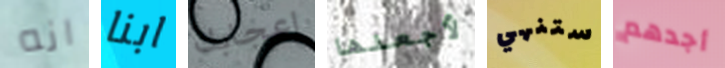
انه ابنا إعجابك لأجعلها ستنهي أجدهم